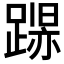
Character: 𲄁